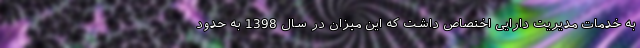
به خدمات مدیریت دارایی اختصاص داشت که این میزان در سال 1398 به حدود